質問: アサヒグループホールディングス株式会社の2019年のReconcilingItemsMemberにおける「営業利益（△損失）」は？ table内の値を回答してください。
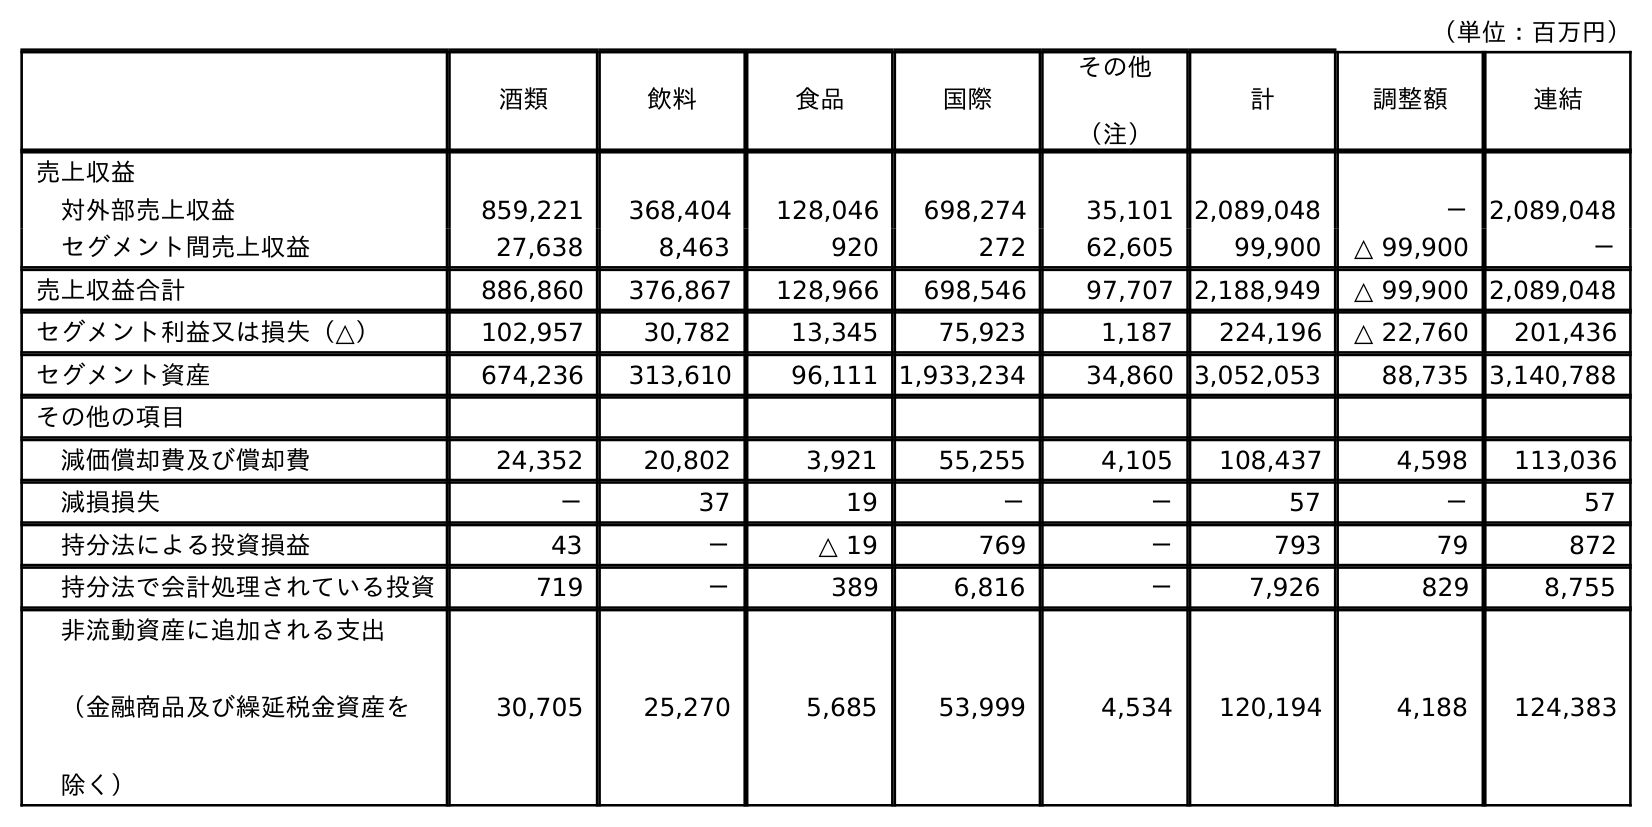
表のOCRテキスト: （単位：百万円） 酒類 飲料 食品 国際 その他 （注） 計 調整額 連結 売上収益 対外部売上収益 859,221 368,404 128,046 698,274 35,101 2,089,048 － 2,089,048 セグメント間売上収益 27,638 8,463 920 272 62,605 99,900 △ 99,900 － 売上収益合計 886,860 376,867 128,966 698,546 97,707 2,188,949 △ 99,900 2,089,048 セグメント利益又は損失（△） 102,957 30,782 13,345 75,923 1,187 224,196 △ 22,760 201,436 セグメント資産 674,236 313,610 96,111 1,933,234 34,860 3,052,053 88,735 3,140,788 その他の項目 減価償却費及び償却費 24,352 20,802 3,921 55,255 4,105 108,437 4,598 113,036 減損損失 － 37 19 － － 57 － 57 持分法による投資損益 43 － △ 19 769 － 793 79 872 持分法で会計処理されている投資 719 － 389 6,816 － 7,926 829 8,755 非流動資産に追加される支出 （金融商品及び繰延税金資産を 除く） 30,705 25,270 5,685 53,999 4,534 120,194 4,188 124,383
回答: △22,760